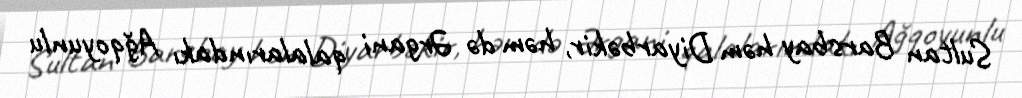
Sultan Barsbay həm Diyarbəkir, həm də Ərgani qalalarındakı Ağqoyunlu